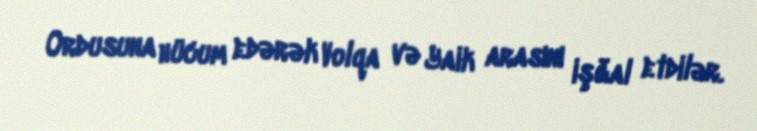
Ordusuna hücum edərək Volqa və Yaik arasını işğal etdilər.